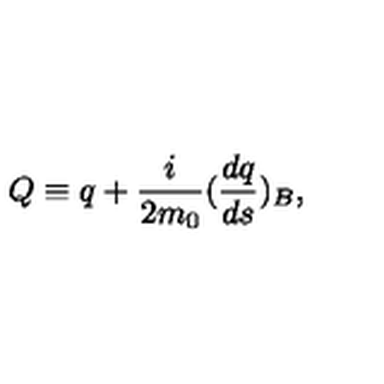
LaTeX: Q \equiv q + \frac { i } { 2 m _ { 0 } } ( \frac { d q } { d s } ) _ { B } ,